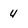
Character: 4